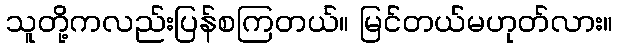
သူတို့ကလည်းပြန်စကြတယ်။ မြင်တယ်မဟုတ်လား။